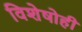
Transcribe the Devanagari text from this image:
विशेषोही